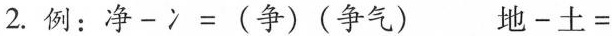
|2.例：净-冫=(争)(争气) 地-土=